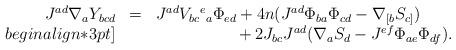
LaTeX: \begin{align*}\begin{array}{rcr}J^{ad}\nabla_aY_{bcd}&=&J^{ad}V_{bc}{}^e{}_a\Phi_{ed}+4n(J^{ad}\Phi_{ba}\Phi_{cd}-\nabla_{[b}S_{c]})\qquad\\begin{align*}3pt]&&{}+2J_{bc}J^{ad}(\nabla_aS_d-J^{ef}\Phi_{ae}\Phi_{df}).\end{array}\end{align*}